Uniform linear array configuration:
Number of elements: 4
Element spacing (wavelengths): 0.5
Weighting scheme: exponential
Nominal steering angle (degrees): -30
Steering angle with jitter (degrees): -29.059
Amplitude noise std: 0.05
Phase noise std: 0.05

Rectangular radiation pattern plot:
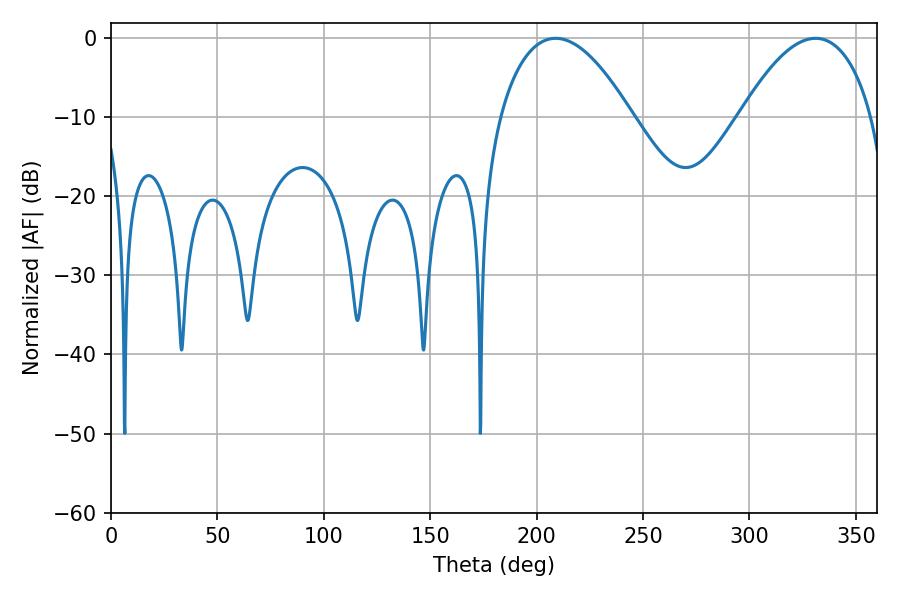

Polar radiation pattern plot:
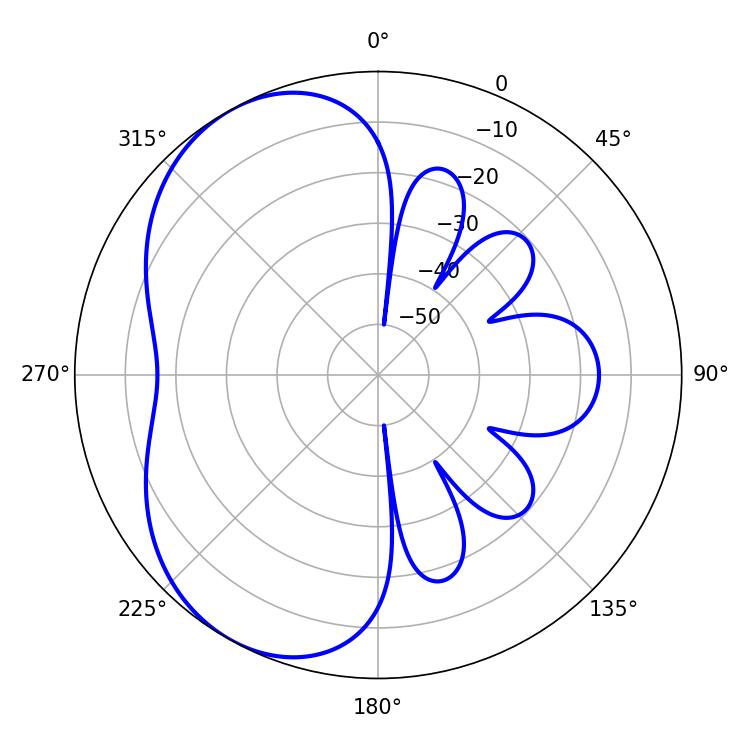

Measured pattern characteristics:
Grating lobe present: FALSE
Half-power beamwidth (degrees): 34.38
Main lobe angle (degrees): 208.98